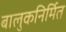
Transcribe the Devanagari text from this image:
बालुकनिर्मित